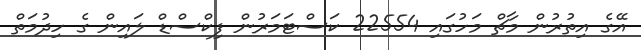
އޭގެ އިތުރުން މާޗް މަހުގައި 22554 ކަސްޓަމަރުން ފިކްސްޑް ލައިން ގެ ހިދުމަތް